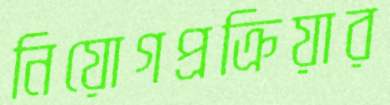
নিয়োগপ্রক্রিয়ার